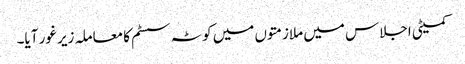
کمیٹی اجلاس میں ملازمتوں میں کوٹہ سسٹم کا معاملہ زیر غور آیا۔